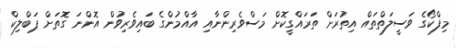
މިފްކޯގެ ވަސީލަތްތައް އިތުރަށް ތަރައްގީކޮށް މަސްވެރިންނާއި އާއްމުންގެ ބައިވެރިވުން އޮންނަ ގޮތަށް ޕަބްލިކް